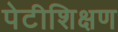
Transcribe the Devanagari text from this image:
पेटीशिक्षण